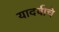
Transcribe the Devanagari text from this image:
यादवीचे